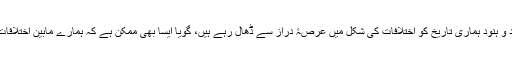
سوچنے کی بات تو یہ ہے کہیں ایسا تو نہیں کہ یہود و ہنود ہماری تاریخ کو اختلافات کی شکل میں عرصۂ دراز سے ڈھال رہے ہیں، گویا ایسا بھی ممکن ہے کہ ہمارے مابین اختلافات کے بیج بونے والے یہی اسلام دشمن پیش پیش ہیں۔